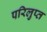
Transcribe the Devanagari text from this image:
परिलुप्त